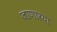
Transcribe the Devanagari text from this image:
जाणारया